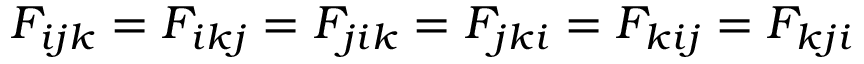
F _ { i j k } = F _ { i k j } = F _ { j i k } = F _ { j k i } = F _ { k i j } = F _ { k j i }